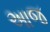
અાજ